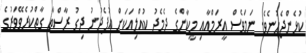
ކުޅެންޖެހުނެވެ. ނަމަވެސް އީރަމްއާއި މީކާންގެ ދެމެދު ކުއްލިއަކަށް އުފެދުނު ދިގު ރާސްތާ ގާތްކުރެވޭވަރުގެ